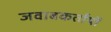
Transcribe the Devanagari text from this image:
जवाबकर्तायों